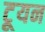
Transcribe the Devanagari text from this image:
टूयन